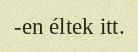
-en éltek itt.